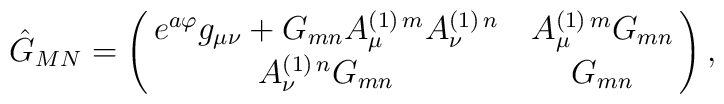
\hat{G}_{MN}=\left(\matrix{e^{a\varphi}g_{{\mu}{\nu}}+G_{{m}{n}}A^{(1)\,m}_{{\mu}}A^{(1)\,n}_{{\nu}} & A^{(1)\,m}_{{\mu}}G_{{m}{n}}  \cr  A^{(1)\,n}_{{\nu}}G_{{m}{n}} & G_{{m}{n}}}\right),